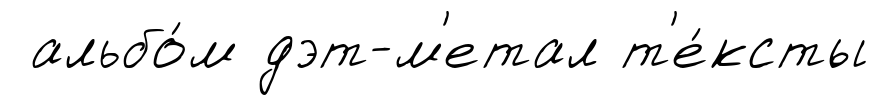
альбо́м дэт-м'етал т'е́ксты